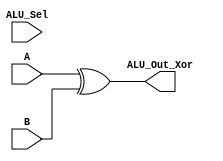
module Log_Xor(output [3:0] ALU_Out_Xor,input [3:0] A, input [3:0] B,input [3:0] ALU_Sel);
assign ALU_Out_Xor = A ^ B;
endmodule